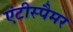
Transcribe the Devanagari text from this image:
एंटीस्पैमर